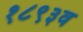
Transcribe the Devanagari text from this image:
१८९३व